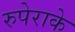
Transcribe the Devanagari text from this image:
रुपेराके